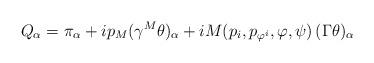
\begin{align*}Q_\alpha=\pi_\alpha+ip_M(\gamma^M\theta)_\alpha +iM(p_i,p_{\varphi^i},\varphi,\psi)\,(\Gamma\theta)_\alpha\,\end{align*}